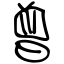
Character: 曾